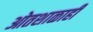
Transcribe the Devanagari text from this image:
ओतशाळाही